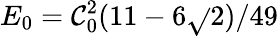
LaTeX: E_{0}=\mathcal{C}_{0}^{2}(11-6\sqrt{}{{2}})/49